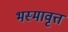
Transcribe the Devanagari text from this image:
भस्मावृत्त